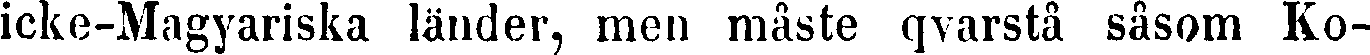
icke-Magyariska länder, men måste qvarstå såsom Ko-